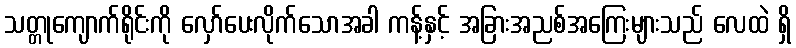
သတ္တုကျောက်ရိုင်းကို လှော်ပေးလိုက်သောအခါ ကန့်နှင့် အခြားအညစ်အကြေးများသည် လေထဲ ရှိ